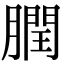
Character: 膶